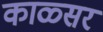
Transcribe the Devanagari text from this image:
काळ्सर